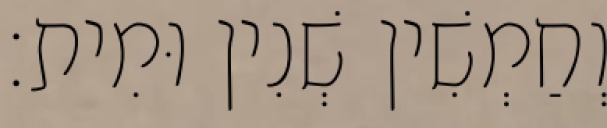
וְחַמְשִׁין שְׁנִין וּמִית׃